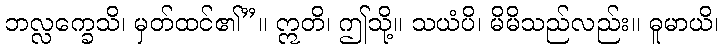
ဘလ္လက္ခေသိ၊ မှတ်ထင်၏”။ ဣတိ၊ ဤသို့။ သယံပိ၊ မိမိသည်လည်း။ ဓူမာယိ၊